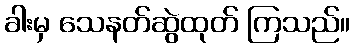
ခါးမှ သေနတ်ဆွဲထုတ် ကြသည်။